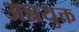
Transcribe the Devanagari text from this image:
अन्नयुक्त